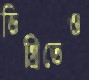
ডিগ্রিতেও